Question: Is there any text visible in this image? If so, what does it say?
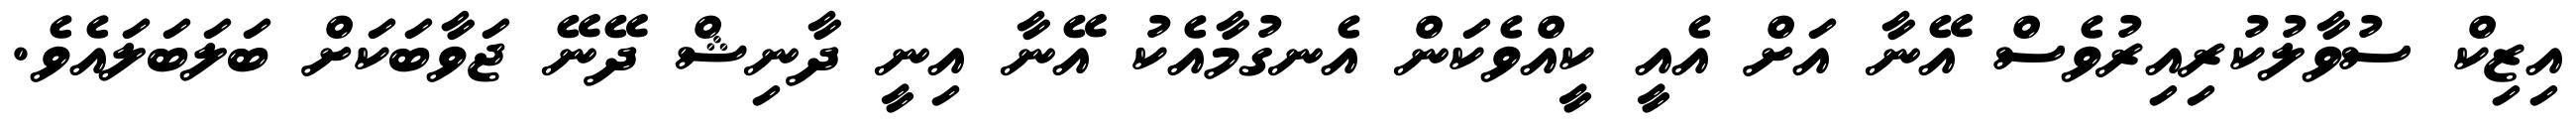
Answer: އިޒިކް ސުވާލުކުރިއިރުވެސް އޭނާ އަށް އެއީ ކީއްވެކަން އެނގުމާއެކު އޭނާ އިނީ ދާނިޝް ދޭނޭ ޖަވާބަކަށް ބަލަބަލައެވެ.